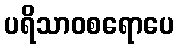
ပရိသာဝစရောပေ